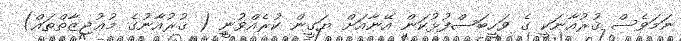
ނަމަވެސް ޤުރުއާނަކީ ގެ ވަހީބަސްފުޅުކަން އޭނާއަށް ޔަގީން ކުރެއްވުނީ ( ޤުރުއާނުގެ މުޢުޖިޒާތްތައް)